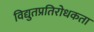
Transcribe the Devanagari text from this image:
विद्युतप्रतिरोधकता